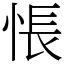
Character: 悵